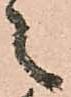
之